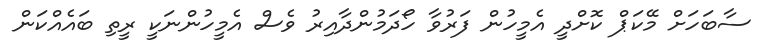
ސާބަހަށް މޭކަޕް ކޮށްދީ އެމީހުން ފަރުވާ ހޯދަމުންދާއިރު ވެސް އެމީހުންނަކީ ރީތި ބައެއްްކަން